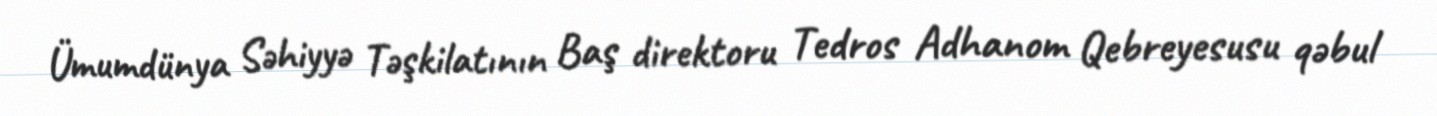
Ümumdünya Səhiyyə Təşkilatının Baş direktoru Tedros Adhanom Qebreyesusu qəbul